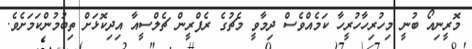
މޮރީނިއޯ ބުނީ މިހުރިހާހުރީހާ ކަމެއްވެސް ދިމާވީ މެޗުގެ ރެފްރީން ޗެލްސީއާ އިދިކޮޅަށް ތިބުމުންކަމަށެވެ.